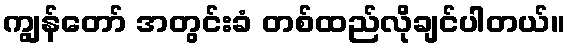
ကျွန်တော် အတွင်းခံ တစ်ထည်လိုချင်ပါတယ်။